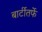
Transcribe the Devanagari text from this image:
बार्टीतर्फे